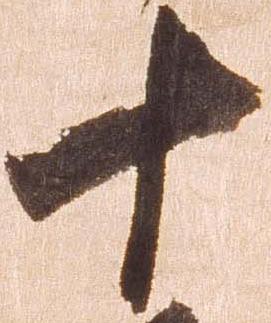
十